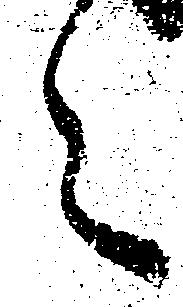
々